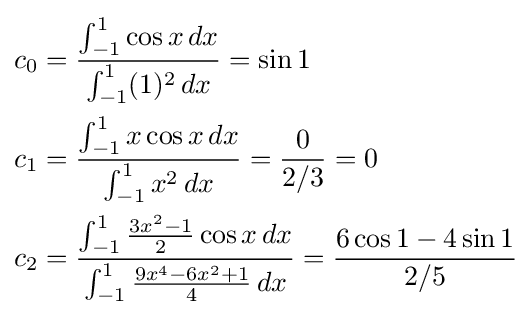
{\begin{aligned}c_{0}&={\int _{-1}^{1}\cos {x}\,dx \over \int _{-1}^{1}(1)^{2}\,dx}=\sin {1}\\c_{1}&={\int _{-1}^{1}x\cos {x}\,dx \over \int _{-1}^{1}x^{2}\,dx}={0 \over 2/3}=0\\c_{2}&={\int _{-1}^{1}{3x^{2}-1 \over 2}\cos {x}\,dx \over \int _{-1}^{1}{9x^{4}-6x^{2}+1 \over 4}\,dx}={6\cos {1}-4\sin {1} \over 2/5}\end{aligned}}